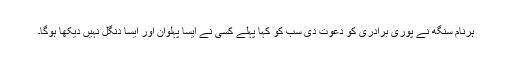
ہرنام سنگھ نے پوری برادری کو دعوت دی سب کو کہا پہلے کسی نے ایسا پہلوان اور ایسا دنگل نہیں دیکھا ہوگا۔